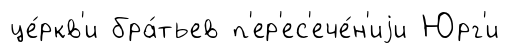
це́ркв'и бра́тьев п'ер'ес'ече́н'иjи Юрг'и